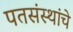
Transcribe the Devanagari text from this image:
पतसंस्थांचे